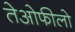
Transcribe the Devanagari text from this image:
तेओफीलो